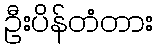
ဦးပိန်တံတား